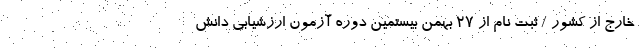
خارج از کشور / ثبت نام از ۲۷ بهمن بیستمین دوره آزمون ارزشیابی دانش